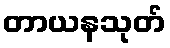
တာယနသုတ်